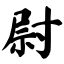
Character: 尉